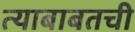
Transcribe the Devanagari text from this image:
त्याबाबतची